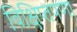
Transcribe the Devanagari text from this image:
विक्षिप्तपणा